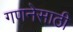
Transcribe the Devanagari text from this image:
गणनेसाठी